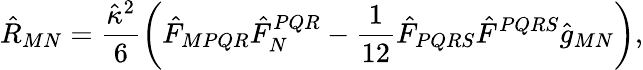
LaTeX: {\hat{R}_{MN}=\frac{\hat{\kappa}^{2}}{6}\left(\hat{F}_{MPQR}\hat{F}_{N}^{PQR}-\frac{1}{12}\hat{F}_{PQRS}\hat{F}^{PQRS}\hat{g}_{MN}\right),}